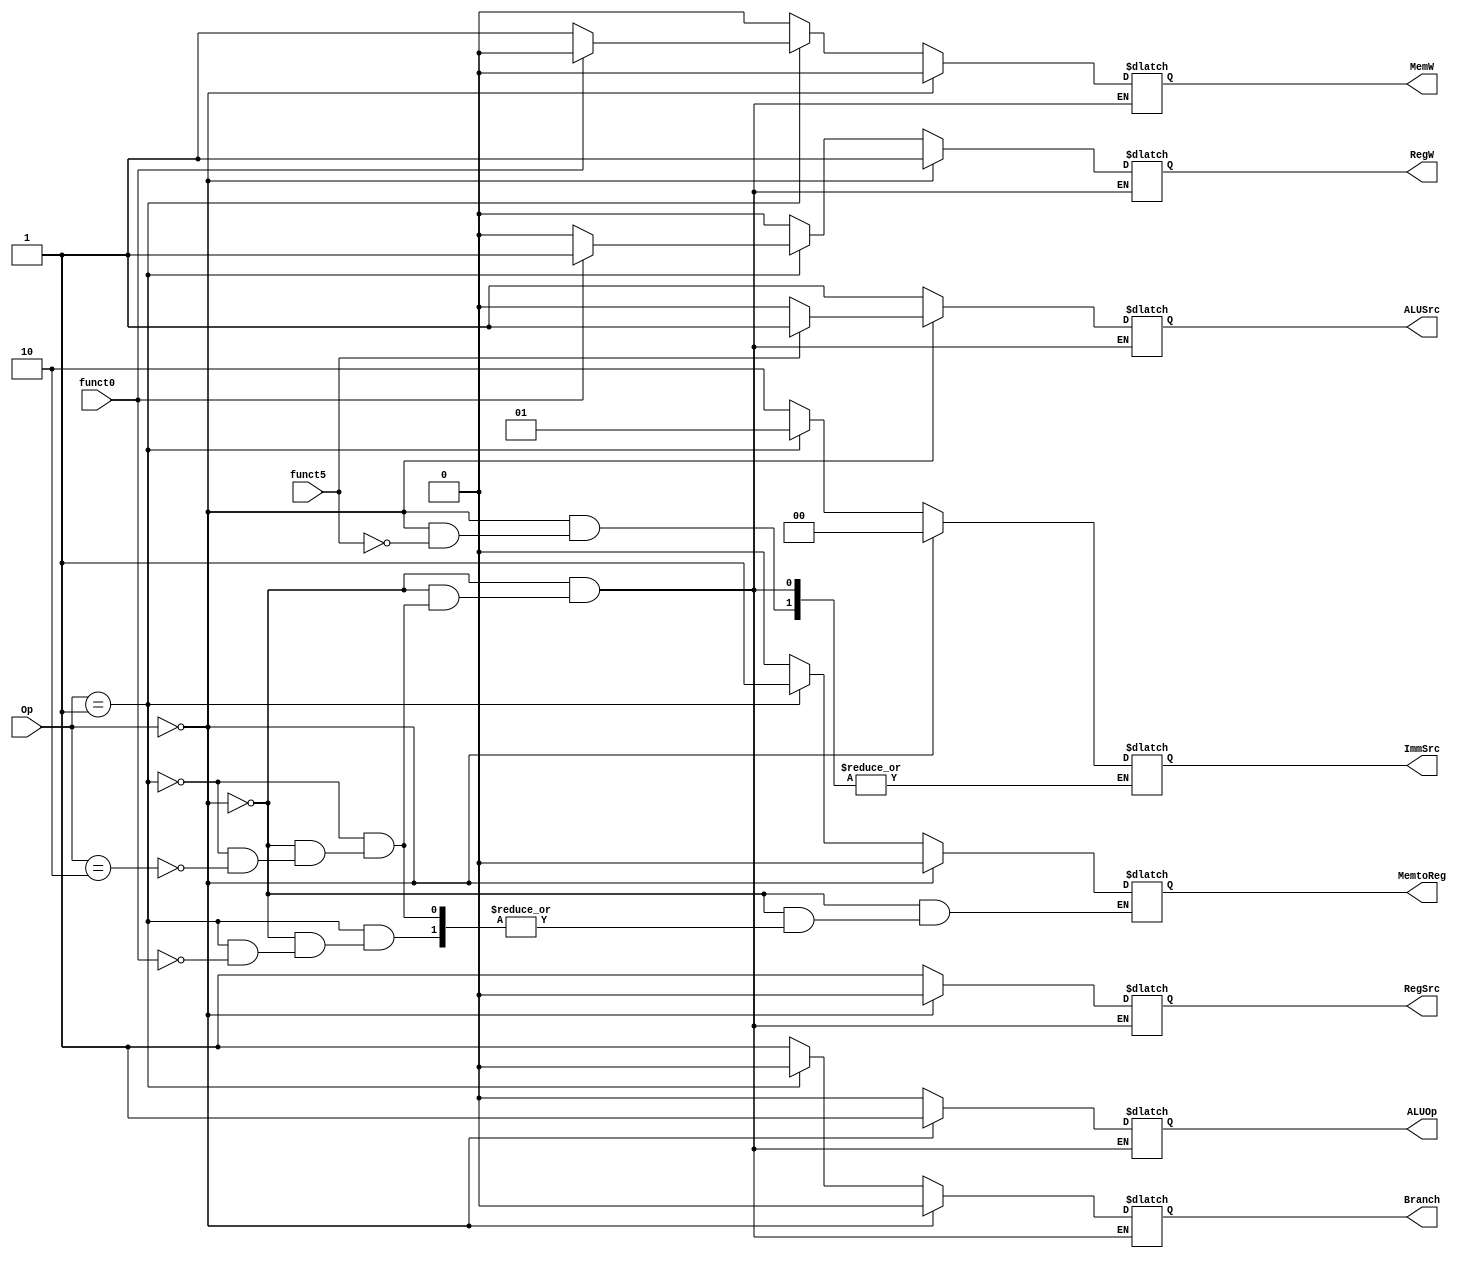
module MainDecoder(
    output Branch,
    output MemtoReg,
    output MemW,
    output ALUSrc,
    output [1:0] ImmSrc,
    output RegW,
    output RegSrc,
    output ALUOp,
    input [1:0] Op,
    input funct5,
    input funct0
    );
    reg b, memreg, memw, alusrc, regw, aluop, regsrc;
    reg [1:0] immsrc;
    initial
        begin
            if(Op == 0) begin
                b = 0;
                memreg = 0;
                memw = 0;
                regw = 1;
                aluop = 1;
                regsrc=0;
                if(funct5 == 1) begin
                    immsrc = 0;
                    alusrc=1;
                end
                else
                    alusrc=0;
            end
            else if(Op == 1) begin
                b = 0;
                alusrc = 1;
                immsrc = 1;
                aluop = 0;
                regsrc=1;
                if(funct0 == 1) begin
                    memreg = 1;
                    memw=0;
                    regw = 1;
                end
                else begin
                    memw=1;
                    regw=0;
                end
            end
            else if(Op==2) begin
                b=1;
                memreg = 0;
                memw=0;
                alusrc = 1;
                immsrc = 2;
                regw=0;
                regsrc=1;
                aluop=0;
            end
        end
        assign
            Branch = b;
        assign
            MemtoReg = memreg;
        assign
            MemW = memw;
        assign
            ALUSrc = alusrc;
        assign
            ImmSrc = immsrc;
        assign
            RegW = regw;
        assign
            RegSrc = regsrc;
        assign
            ALUOp = aluop;
endmodule